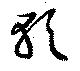
軟